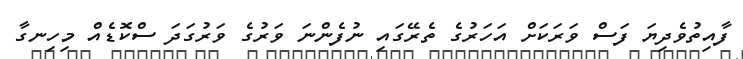
ފާއިތުވެދިޔަ ފަސް ވަރަކަށް އަހަރުގެ ތެރޭގައި ނުފެންނަ ވަރުގެ ވަރުގަދަ ސްކޮޑެއް މިހިނގާ